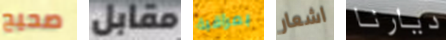
صحيح مقابل بمراقبة اشعار ديارنا